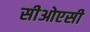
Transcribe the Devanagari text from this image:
सीओएसी